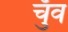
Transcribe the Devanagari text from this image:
चुँव